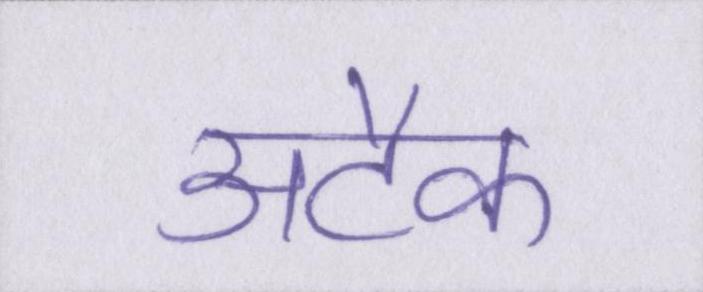
अटैक